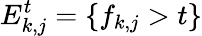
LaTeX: E_{k,j}^{t}=\{ f_{k,j}>t\}